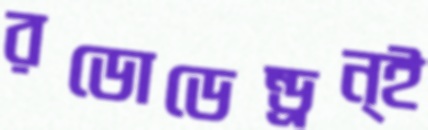
রডোডেন্ড্রন্ই